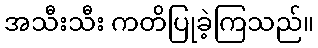
အသီးသီး ကတိပြုခဲ့ကြသည်။